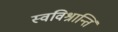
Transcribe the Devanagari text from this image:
स्वविश्रान्तिं